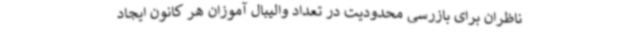
ناظران برای بازرسی محدودیت در تعداد والیبال آموزان هر کانون ایجاد